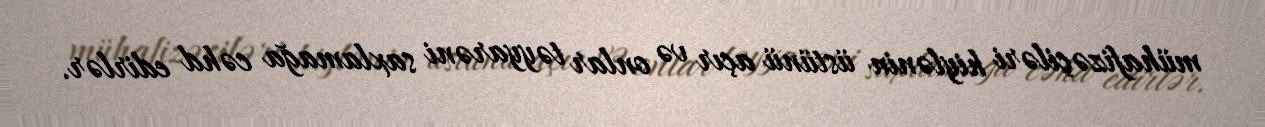
mühafizəçiləri hiylənin üstünü açır və onlar təyyarəni saxlamağa cəhd edirlər.